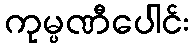
ကုမ္ပဏီပေါင်း